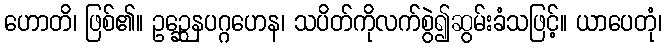
ဟောတိ၊ ဖြစ်၏။ ဥဉ္ဆေနပဂ္ဂဟေန၊ သပိတ်ကိုလက်စွဲ၍ဆွမ်းခံသဖြင့်။ ယာပေတုံ၊